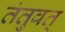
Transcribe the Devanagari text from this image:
तंतुवत्